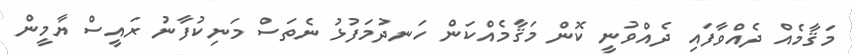
މަޤާމެއް ދެއްވާފައި ދެއްވުނީ ކޮން މަޤާމެއްކަން ހަނދުމަފުޅު ނެތަސް މަނިކުފާނު ރައީސް ޔާމީން